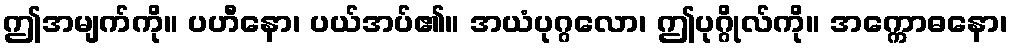
ဤအမျက်ကို။ ပဟီနော၊ ပယ်အပ်၏။ အယံပုဂ္ဂလော၊ ဤပုဂ္ဂိုလ်ကို။ အက္ကောဓနော၊